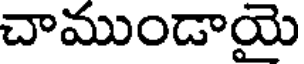
చాముండాయె